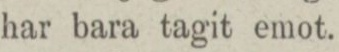
har bara tagit emot.